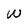
Character: w